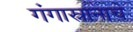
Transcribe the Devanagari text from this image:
गंगास्नानाचे